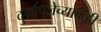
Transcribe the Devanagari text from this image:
दुर्गापूजेच्यावेळी